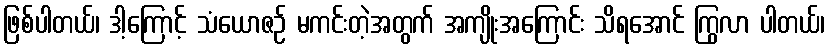
ဖြစ်ပါတယ်၊ ဒါ့ကြောင့် သံယောဇဉ် မကင်းတဲ့အတွက် အကျိုးအကြောင်း သိရအောင် ကြွလာ ပါတယ်၊